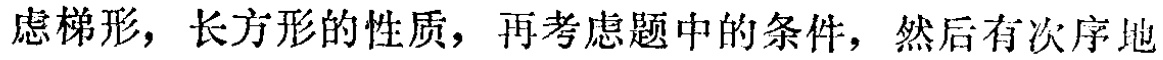
虑梯形，长方形的性质，再考虑题中的条件，然后有次序地